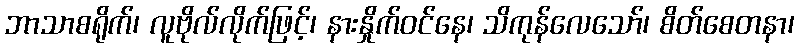
ဘာသာစရိုက်၊ လူဗိုလ်လိုက်ဖြင့်၊ နားနှိုက်ဝင်နေ၊ သိကုန်လေသော်၊ စိတ်စေတနာ၊